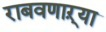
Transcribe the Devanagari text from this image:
राबवणाऱ्या